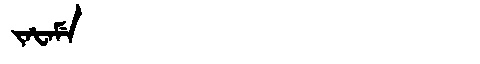
Manchu: ᠵᠠᡶᠠᠮᡝ
Romanization: JAFAME